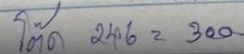
โต๊ด 246 = 300